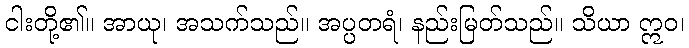
ငါးတို့၏။ အာယု၊ အသက်သည်။ အပ္ပတရံ၊ နည်းမြတ်သည်။ သိယာ ဣဝ၊